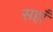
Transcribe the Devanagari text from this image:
सहाँ